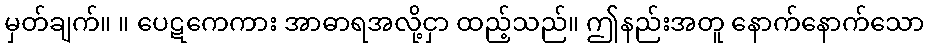
မှတ်ချက်။ ။ ပေဋကေကား အာဓာရအလို့ငှာ ထည့်သည်။ ဤနည်းအတူ နောက်နောက်သော